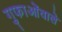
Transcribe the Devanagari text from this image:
गुफाओंवाले